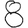
Digit: 8